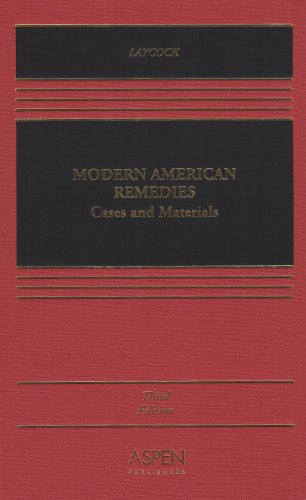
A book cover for Modern American Remedies: Cases and Materials,  Third Edition (Casebook Series); Douglas Laycock; Law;